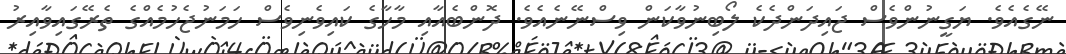
ނޭގެއެވެ. ޔަގީނުންވެސް ޖައިދަންދެކެ ލޯބިނުވާކަން ވިސްނޭނެއެވެ. ދޮންބެއާއި މާހާގެ ކައިވެނިވެސް ހަމަނުޖެހުމެއްގެ ތެރޭގައިވާއިރު